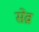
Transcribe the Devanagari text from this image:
सेव्रा